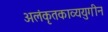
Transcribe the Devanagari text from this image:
अलंकृतकाव्ययुगीन